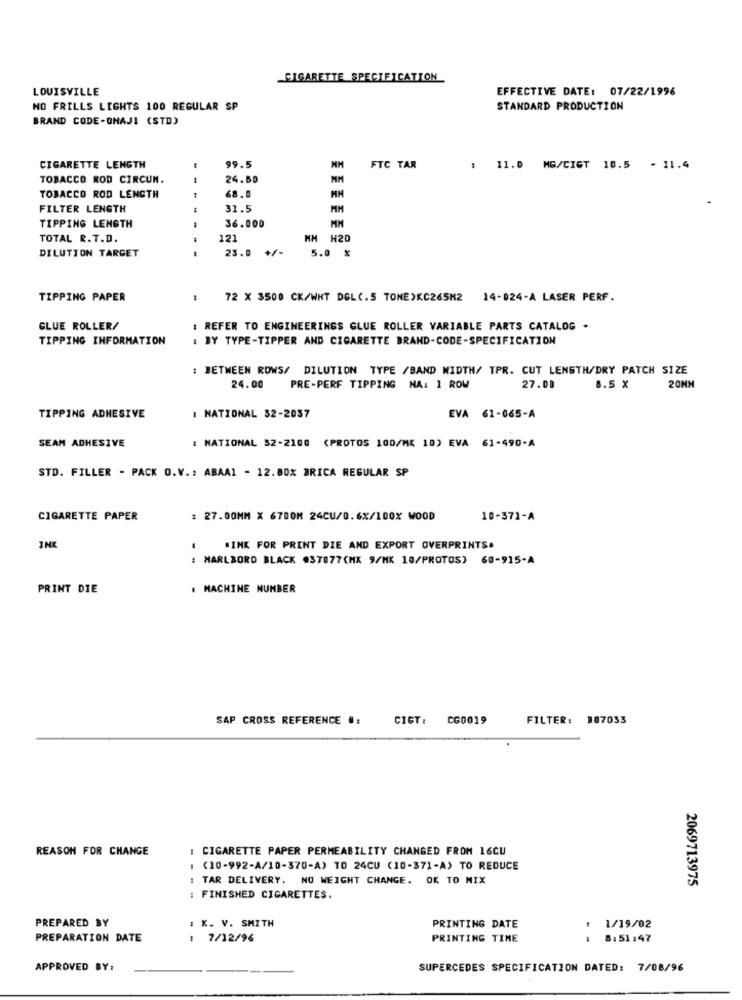
CIGARETTE SPECIFICATION
LOUISVILLE
EFFECTIVE DATE: 07/22/1996
NO FRILLS LIGHTS 100 REGULAR SP
STANDARD PRODUCTION
BRAND CODE-ONAJI (STD)
99.5
CIGARETTE LENGTH
NH FTC TAR
: 11.0 MG/CIGT 10.5 . 11.4
TOBACCO ROD CIRCUN.
--
24.60
68.0
TOBACCO ROD LENGTH
FILTER LENGTH
31.5
MM
36.000
TIPPING LENGTH
MM
TOTAL R.T.D.
121
HM H20
23.0 +/-
DILUTION TARGET
5.0 %
TIPPING PAPER
72 X 3500 CK/WHT DGL(.S TONE)KC265M2 14-024-A LASER PERF.
GLUE ROLLER/
: REFER TO ENGINEERINGS GLUE ROLLER VARIABLE PARTS CATALOG .
TIPPING INFORMATION
: BY TYPE-TIPPER AND CIGARETTE BRAND-CODE-SPECIFICATION
: BETWEEN ROWS/ DILUTION TYPE /BAND WIDTH/ TPR. CUT LENGTH/DRY PATCH SIZE
24.00
PRE-PERF TIPPING NA: 1 ROW
27.00
8.5 X
20MM
TIPPING ADHESIVE
: NATIONAL 32-2037
EVA 61-065-A
SEAM ADHESIVE
: NATIONAL 52-210G (PROTOS 100/MK 10) EVA 61-490-A
STD. FILLER - PACK O.V .: ABAA1 - 12.80% BRICA REGULAR SP
CIGARETTE PAPER
: 27.00MM X 6700M 24CU/0.6X/100X WOOD
10-371-A
INK
WINK FOR PRINT DIE AND EXPORT OVERPRINTS.
: MARLBORO BLACK #37877CMX 9/MK 10/PROTOS) 60-915-A
PRINT DIE
. MACHINE NUMBER
SAP CROSS REFERENCE #:
CIGT:
CG0019
FILTER: 307033
REASON FOR CHANGE
: CIGARETTE PAPER PERMEABILITY CHANGED FROM 16CU
(10-992-A/10-370-A) TO 24CU (10-371-A) TO REDUCE
TAR DELIVERY. NO WEIGHT CHANGE. OK TO MIX
2069713975
: FINISHED CIGARETTES.
PREPARED BY
1 K. V. SMITH
PRINTING DATE
1/19/02
PREPARATION DATE
: 7/12/96
PRINTING TIME
8:51:47
APPROVED BY:
SUPERCEDES SPECIFICATION DATED: 7/08/96